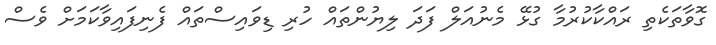
ގޮވާތަކެތި ރައްކާކުރުމާ ގުޅޭ މެނުއަލް ފަދަ ލިޔުންތައް ހުރި ޑިވައިސްތައް ފެނިފައިވާކަމަށް ވެސް